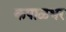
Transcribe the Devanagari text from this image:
कपाळभर